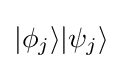
|\phi _{j}\rangle |\psi _{j}\rangle